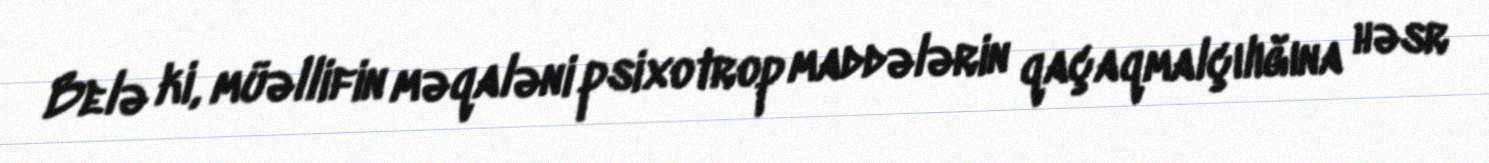
Belə ki, müəllifin məqaləni psixotrop maddələrin qaçaqmalçılığına həsr